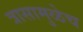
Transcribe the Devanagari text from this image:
त्रासामुळेच